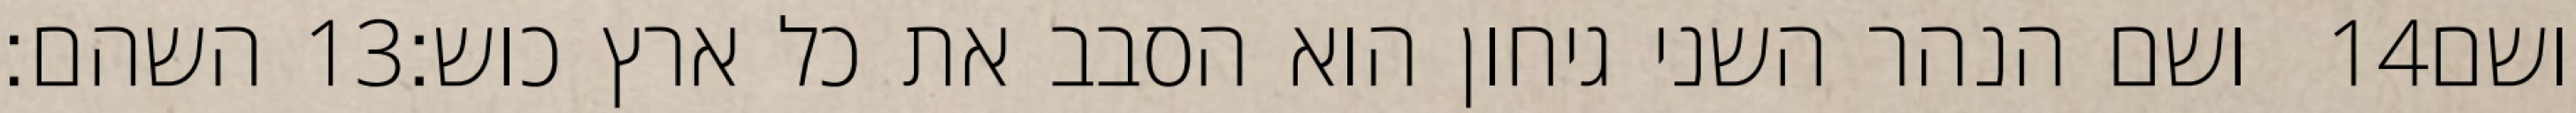
השהם׃ ‎13‏ ושם הנהר השני גיחון הוא הסבב את כל ארץ כוש׃ ‎14‏ ושם